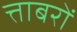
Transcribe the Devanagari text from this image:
त्ताबरों